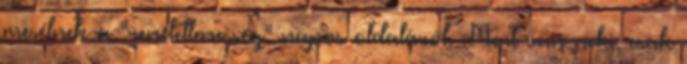
mesélnek a “rendellenesség” napos oldaláról. Mert van neki, csak